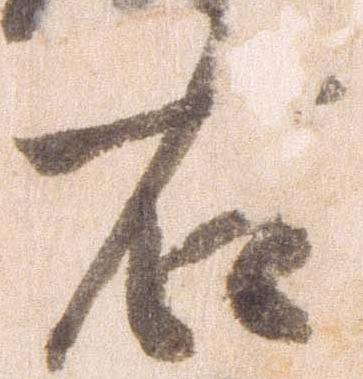
右